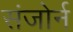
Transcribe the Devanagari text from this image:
संजोर्न